Leprosy in India: report of the Leprosy Commission in India, 1890-91
Year: 1890
Disease focus: Leprosy
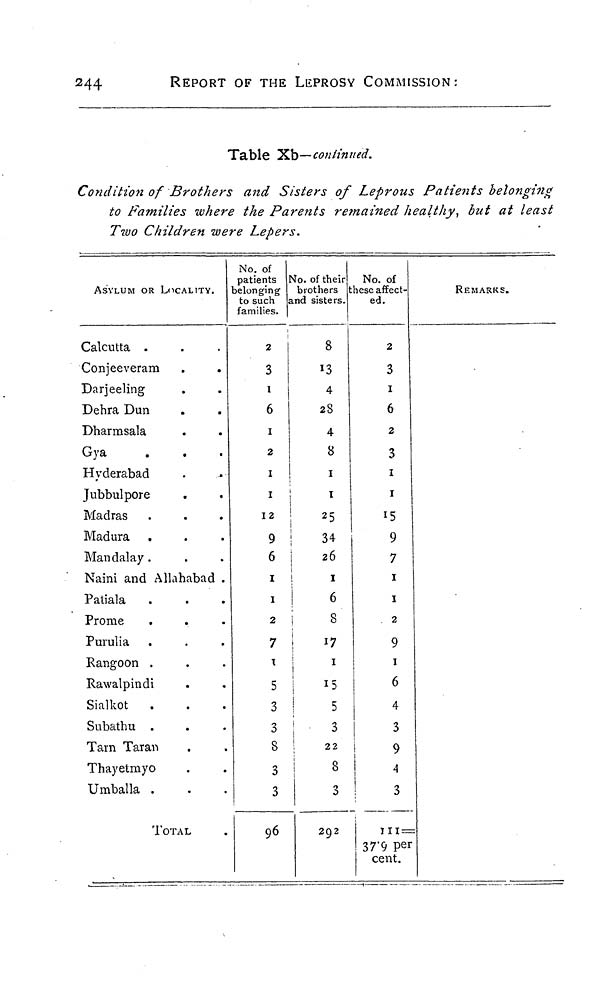
244
REPORT OF THE LEPROSY COMMISSION:
Table Xb—continued.
Condition of Brothers and Sisters of Leprous Patients belonging
to Families where the Parents remained healthy, but at least
Two Children were Lepers.
ASYLUM OR LOCALITY.
Calcutta .
Conjeeveram
Darjeeling
Dehra Dun
Dharmsala
Gya
Hyderabad
Jubbulpore
Madras
Madura .
Mandalay .
Naini and Allahabad .
Patiala
Prome
Purulia
Rangoon .
Rawalpindi
Sialkot
Subathu .
Tarn Taran
Thayetmyo
Umballa .
TOTAL
No. of
patients
belonging
to such ,
families.
2
3
I
6
1
2
I
I
12
9
6
1
1
2
7
\
5
3
3
8
3
3
96
No. of their
brothers
and sisters.
8
13
4
28
4
8
I
I
25
34
26
I
6
8
17
1
15
5
3
22
!
8
3
292
No. of
these affect-
ed.
2
3
I
6
2
3
1
1
15
9
7
1
1
2
9
1
6
4
3
9
4
3
111=
37.9 per
cent.
REMARKS.